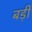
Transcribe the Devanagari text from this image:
बड़़ी